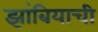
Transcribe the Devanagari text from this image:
झांबियाची